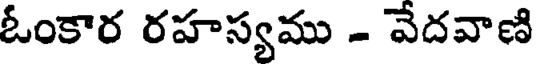
ఓంకార రహస్యము - వేదవాణి